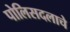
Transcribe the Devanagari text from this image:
पोलिसदलाचे